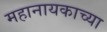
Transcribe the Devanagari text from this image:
महानायकाच्या